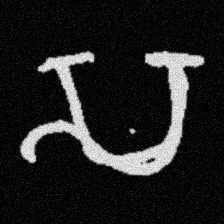
Pyu character \u2014 Myanmar letter: သ (romanized: sa)